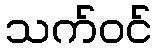
သက်ဝင်